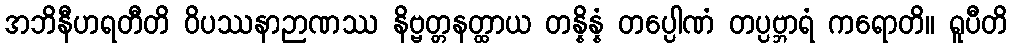
အဘိနီဟရတီတိ ဝိပဿနာဉာဏဿ နိဗ္ဗတ္တနတ္ထာယ တန္နိန္နံ တပ္ပေါဏံ တပ္ပဗ္ဘာရံ ကရောတိ။ ရူပီတိ